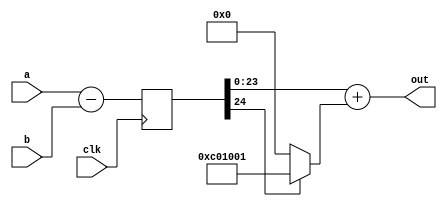
`timescale 1ns / 1ps
//////////////////////////////////////////////////////////////////////////////////
// Company: 
// Engineer: 
// 
// Design Name: 
// Module Name: sub_mod
// Project Name: 
// Target Devices: 
// Tool Versions: 
// Description: 
// 
// Dependencies: 
// 
// Revision:
// Revision 0.01 - File Created
// Additional Comments:
// 
//////////////////////////////////////////////////////////////////////////////////


module sub_mod(
        input  wire        clk,
        input  wire [23:0] a,
        input  wire [23:0] b,
        output wire [23:0] out
    );
    reg [24:0] a_sub_b;
    always @(posedge clk)
        a_sub_b <= a - b;
    assign out = a_sub_b[23:0] + (a_sub_b[24] ? 24'd12587009 : 23'd0);
endmodule